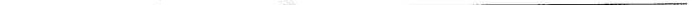
___